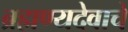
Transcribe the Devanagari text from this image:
ब्रह्मण्यदेवाचे